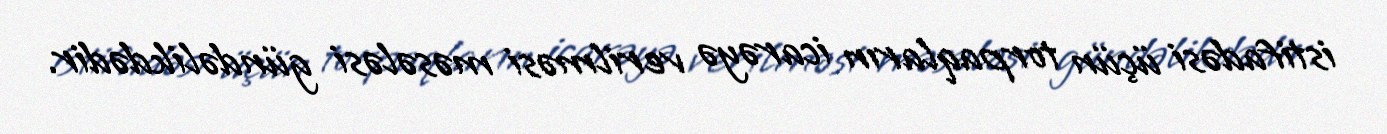
istifadəsi üçün torpaqların icarəyə verilməsi məsələsi gündəlikdədir.